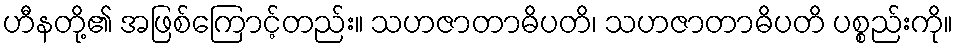
ဟီနတို့၏ အဖြစ်ကြောင့်တည်း။ သဟဇာတာဓိပတိ၊ သဟဇာတာဓိပတိ ပစ္စည်းကို။